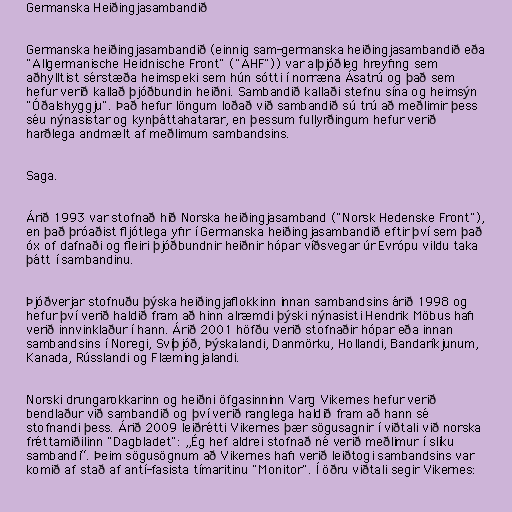
Germanska Heiðingjasambandið

Germanska heiðingjasambandið (einnig sam-germanska heiðingjasambandið eða
"Allgermanische Heidnische Front" ("AHF")) var alþjóðleg hreyfing sem
aðhylltist sérstæða heimspeki sem hún sótti í norræna Ásatrú og það sem
hefur verið kallað þjóðbundin heiðni. Sambandið kallaði stefnu sína og heimsýn
"Óðalshyggju". Það hefur löngum loðað við sambandið sú trú að meðlimir þess
séu nýnasistar og kynþáttahatarar, en þessum fullyrðingum hefur verið
harðlega andmælt af meðlimum sambandsins.

Saga.

Árið 1993 var stofnað hið Norska heiðingjasamband ("Norsk Hedenske Front"),
en það þróaðist fljótlega yfir í Germanska heiðingjasambandið eftir því sem það
óx of dafnaði og fleiri þjóðbundnir heiðnir hópar víðsvegar úr Evrópu vildu taka
þátt í sambandinu.

Þjóðverjar stofnuðu þýska heiðingjaflokkinn innan sambandsins árið 1998 og
hefur því verið haldið fram að hinn alræmdi þýski nýnasisti Hendrik Möbus hafi
verið innvinklaður í hann. Árið 2001 höfðu verið stofnaðir hópar eða innan
sambandsins í Noregi, Svíþjóð, Þýskalandi, Danmörku, Hollandi, Bandaríkjunum,
Kanada, Rússlandi og Flæmingjalandi.

Norski drungarokkarinn og heiðni öfgasinninn Varg Vikernes hefur verið
bendlaður við sambandið og því verið ranglega haldið fram að hann sé
stofnandi þess. Árið 2009 leiðrétti Vikernes þær sögusagnir í viðtali við norska
fréttamiðilinn "Dagbladet": „Ég hef aldrei stofnað né verið meðlimur í slíku
sambandi“. Þeim sögusögnum að Vikernes hafi verið leiðtogi sambandsins var
komið af stað af antí-fasista tímaritinu "Monitor". Í öðru viðtali segir Vikernes: